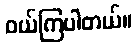
ဝယ်ကြပါတယ်။